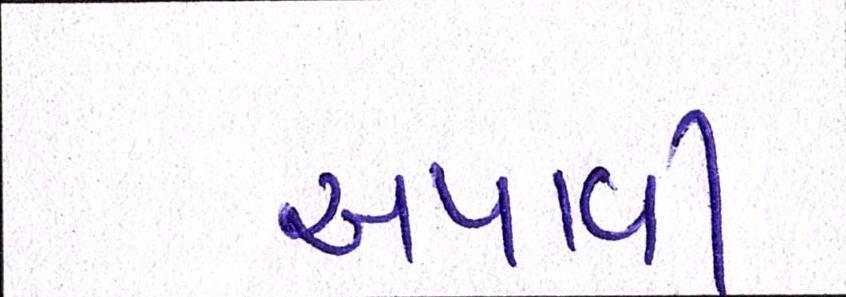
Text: અપાવી